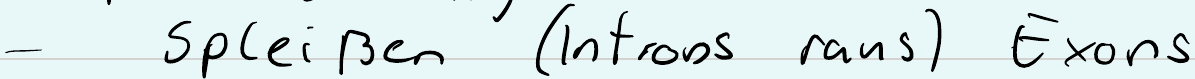
- Spleißen (Introns raus) Exons